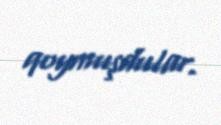
qoymuşdular.